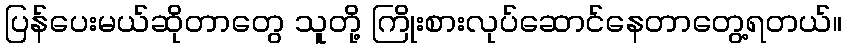
ပြန်ပေးမယ်ဆိုတာတွေ သူတို့ ကြိုးစားလုပ်ဆောင်နေတာတွေ့ရတယ်။